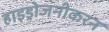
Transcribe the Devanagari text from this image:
हाइड्रोजनीकरन